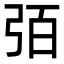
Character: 㢶